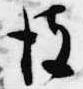
彼